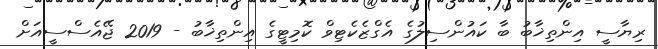
ރިޔާސީ އިންތިޚާބު ބާ ކައުންސިލުގެ އެގްޒެކެޓިވް ކޮމިޓީގެ އިންތިޚާބު - 2019 ޖޭއެސްސީއަށް